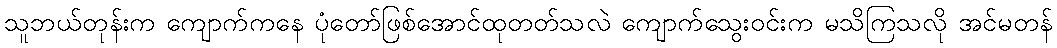
သူဘယ်တုန်းက ကျောက်ကနေ ပုံတော်ဖြစ်အောင်ထုတတ်သလဲ ကျောက်သွေးဝင်းက မသိကြသလို အင်မတန်